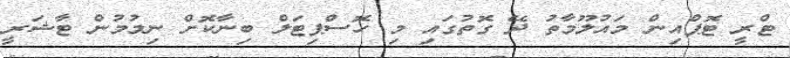
ޓްރީ ޓޮޕްއިން މައުލޫމާތު ދޭ ގޮތުގައި މި ހޮސްޕިޓަލް ބިނާކޮށް ނިމުމުން ޓާޝަރީ